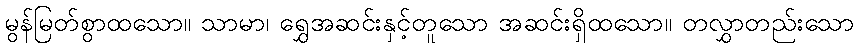
မွန်မြတ်စွာထသော။ သာမာ၊ ရွှေအဆင်းနှင့်တူသော အဆင်းရှိထသော။ တလွှာတည်းသော